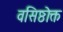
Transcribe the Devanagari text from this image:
वसिष्ठोक्त